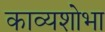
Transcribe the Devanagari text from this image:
काव्यशोभा